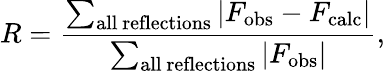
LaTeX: R={\frac{\sum_{\mathrm{all~reflections}}\left|F_{\mathrm{obs}}-F_{\mathrm{calc}}\right|}{\sum_{\mathrm{all~reflections}}\left|F_{\mathrm{obs}}\right|}},